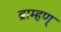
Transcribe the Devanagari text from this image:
ब्राम्हण्